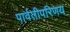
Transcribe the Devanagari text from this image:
पार्वतीपरिणय